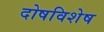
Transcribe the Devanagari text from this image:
दोषविशेष